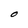
Character: O